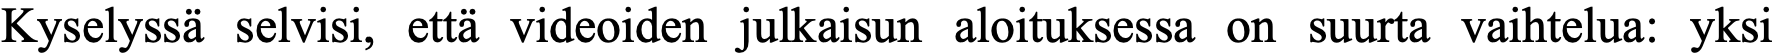
Kyselyssä selvisi, että videoiden julkaisun aloituksessa on suurta vaihtelua: yksi